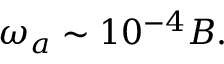
\begin{array} { r } { \omega _ { a } \sim 1 0 ^ { - 4 } B . } \end{array}